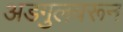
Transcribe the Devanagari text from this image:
अडगुलवरून